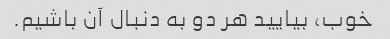
خوب، بیایید هر دو به دنبال آن باشیم.